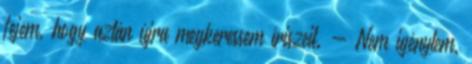
fejem, hogy aztán újra megkeressem íriszeit. - Nem igénylem.